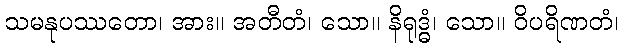
သမနုပဿတော၊ အား။ အတီတံ၊ သော။ နိရုဒ္ဓံ၊ သော။ ဝိပရိဏတံ၊